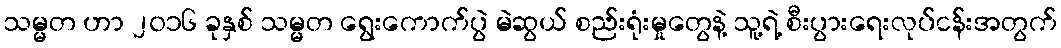
သမ္မတ ဟာ ၂၀၁၆ ခုနှစ် သမ္မတ ရွေးကောက်ပွဲ မဲဆွယ် စည်းရုံးမှုတွေနဲ့ သူ့ရဲ့ စီးပွားရေးလုပ်ငန်းအတွက်